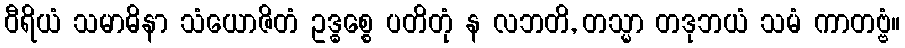
ဝီရိယံ သမာဓိနာ သံယောဇိတံ ဥဒ္ဓစ္စေ ပတိတုံ န လဘတိ, တသ္မာ တဒုဘယံ သမံ ကာတဗ္ဗံ။